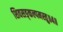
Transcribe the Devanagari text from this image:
शिवसङ्कल्पमस्तु॥४॥